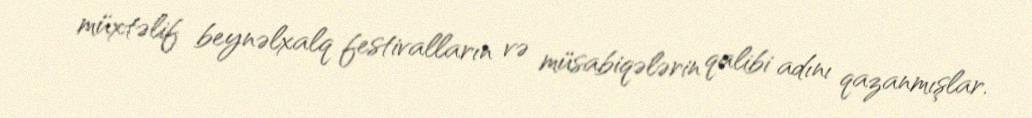
müxtəlif beynəlxalq festivalların və müsabiqələrin qalibi adını qazanmışlar.